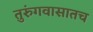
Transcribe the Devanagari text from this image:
तुरुंगवासातच